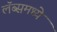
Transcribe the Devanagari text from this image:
लॅब्समध्ये